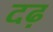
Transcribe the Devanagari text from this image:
दढ़